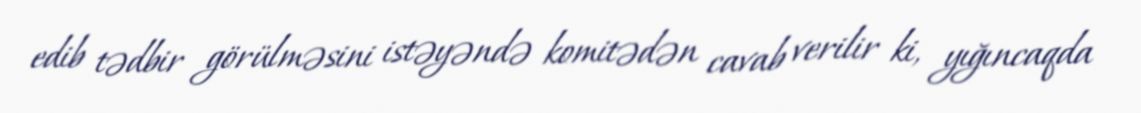
edib tədbir görülməsini istəyəndə komitədən cavab verilir ki, yığıncaqda